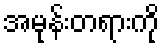
အမုန်းတရားကို